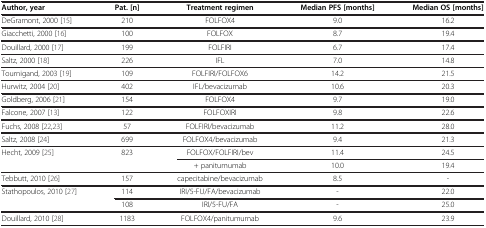
| Author, year | Pat. [n] | Treatment regimen | Median PFS [months] | Median OS [months] |
 | --- | --- | --- | --- | --- |
 | DeGramont, 2000 [15] | 210 | FOLFOX4 | 9.0 | 16.2 |
 | Giacchetti, 2000 [16] | 100 | FOLFOX | 8.7 | 19.4 |
 | Douillard, 2000 [17] | 199 | FOLFIRI | 6.7 | 17.4 |
 | Saltz, 2000 [18] | 226 | IFL | 7.0 | 14.8 |
 | Tournigand, 2003 [19] | 109 | FOLFIRI/FOLFOX6 | 14.2 | 21.5 |
 | Hurwitz, 2004 [20] | 402 | IFL/bevacizumab | 10.6 | 20.3 |
 | Goldberg, 2006 [21] | 154 | FOLFOX4 | 9.7 | 19.0 |
 | Falcone, 2007 [13] | 122 | FOLFOXIRI | 9.8 | 22.6 |
 | Fuchs, 2008 [22,23] | 57 | FOLFIRI/bevacizumab | 11.2 | 28.0 |
 | Saltz, 2008 [24] | 699 | FOLFOX4/bevacizumab | 9.4 | 21.3 |
 | Hecht, 2009 [25] | 823 | FOLFOX/FOLFIRI/bev | 11.4 | 24.5 |
 |  |  | + panitumumab | 10.0 | 19.4 |
 | Tebbutt, 2010 [26] | 157 | capecitabine/bevacizumab | 8.5 | - |
 | Stathopoulos, 2010 [27] | 114 | IRI/5-FU/FA/bevacizumab | - | 22.0 |
 |  | 108 | IRI/5-FU/FA | - | 25.0 |
 | Douillard, 2010 [28] | 1183 | FOLFOX4/panitumumab | 9.6 | 23.9 |